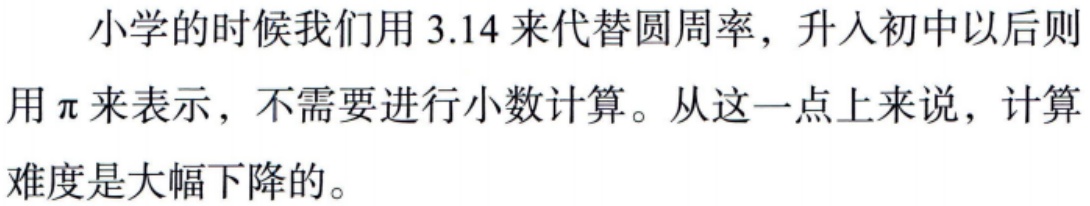
小学的时候我们用 3.14 来代替圆周率，升入初中以后则用$\pi$来表示，不需要进行小数计算。从这一点上来说，计算难度是大幅下降的。